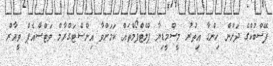
ފޭސްބުކްގެ ދަށުން ހިންގާ އިތުރު މީސްމީޑިޔާ ޕްލެޓްފޯމްތައް ކަމަށްވާ އިންސްޓަގްރާމް ވަޓްސްއެޕް ވީއާރް